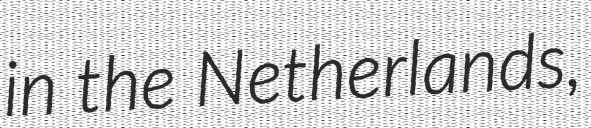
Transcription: in the Netherlands,